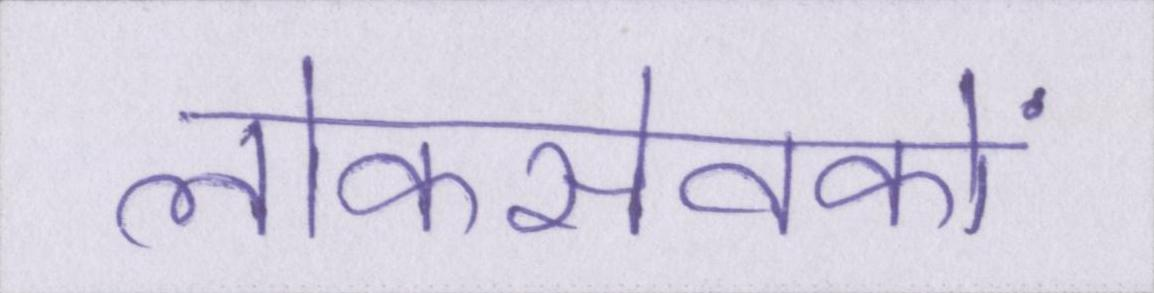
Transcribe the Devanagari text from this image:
लोकसेवकों